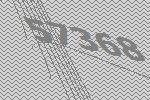
57368